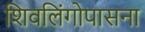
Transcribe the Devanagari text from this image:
शिवलिंगोपासना